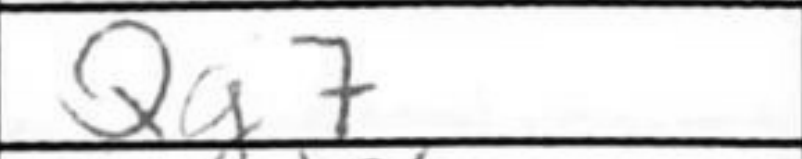
Transcription: Qg7